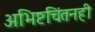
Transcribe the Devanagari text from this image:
अभिष्टचिंतनही